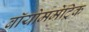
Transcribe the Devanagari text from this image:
बॉयोममेट्रिक